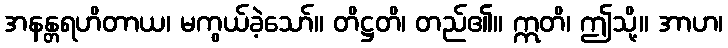
အနန္တရဟိတာယ၊ မကွယ်ခဲ့သော်။ တိဋ္ဌတိ၊ တည်၏။ ဣတိ၊ ဤသို့။ အာဟ၊